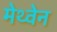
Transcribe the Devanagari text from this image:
मेथ्वेन